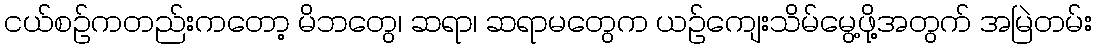
ငယ်စဥ်ကတည်းကတော့ မိဘတွေ၊ ဆရာ၊ ဆရာမတွေက ယဥ်ကျေးသိမ်မွေ့ဖို့အတွက် အမြဲတမ်း